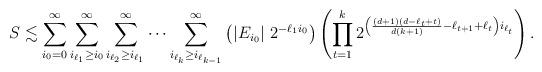
LaTeX: \begin{align*} S\lesssim \sum_{i_0=0}^\infty \sum_{i_{\ell_1}\ge i_{0}}^\infty\sum_{i_{\ell_2}\ge i_{\ell_1}}^\infty \cdots\sum_{i_{\ell_k}\ge i_{\ell_{k-1}}}^\infty \left( |E_{i_0}|~ 2^{-\ell_1 i_0}\right) \left( \prod_{t=1}^k 2^{\left(\frac{(d+1)(d-\ell_t+t)}{d(k+1)}-\ell_{t+1}+\ell_t\right) i_{\ell_t}}\right).\end{align*}